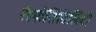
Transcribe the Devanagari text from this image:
रेस्पोंसिबिलिटी